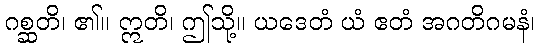
ဂစ္ဆတိ၊ ၏။ ဣတိ၊ ဤသို့။ ယဒေတံ ယံ ဧတံ အဂတိဂမနံ၊